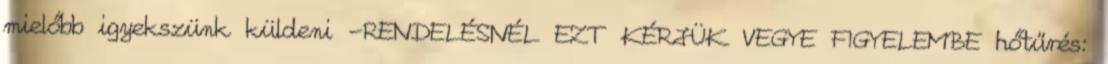
mielőbb igyekszünk küldeni -RENDELÉSNÉL EZT KÉRJÜK VEGYE FIGYELEMBE hőtűrés: